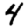
Digit: 4